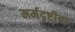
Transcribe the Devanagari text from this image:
मर्मदृष्टीचा